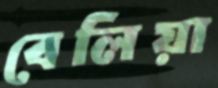
বেলিয়া